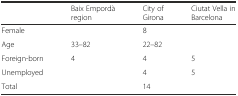
<table><thead><tr><td>[EMPTY_CELL]</td><td><b>Baix Empordà region</b></td><td><b>City of Girona</b></td><td><b>Ciutat Vella in Barcelona</b></td></tr></thead><tbody><tr><td>Female</td><td>[EMPTY_CELL]</td><td>8</td><td>[EMPTY_CELL]</td></tr><tr><td>Age</td><td>33–82</td><td>22–82</td><td>[EMPTY_CELL]</td></tr><tr><td>Foreign-born</td><td>4</td><td>4</td><td>5</td></tr><tr><td>Unemployed</td><td>[EMPTY_CELL]</td><td>4</td><td>5</td></tr><tr><td>Total</td><td>[EMPTY_CELL]</td><td>14</td><td>[EMPTY_CELL]</td></tr></tbody></table>